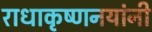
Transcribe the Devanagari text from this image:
राधाकृष्णनयांनी